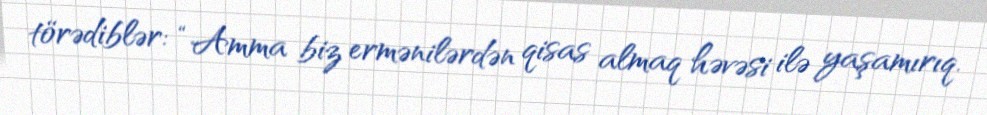
törədiblər: “Amma biz ermənilərdən qisas almaq həvəsi ilə yaşamırıq.